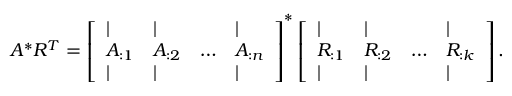
A ^ { * } R ^ { T } = \left[ \begin{array} { l l l l } { \vert } & { \vert } & & { \vert } \\ { A _ { : 1 } } & { A _ { : 2 } } & { \dots } & { A _ { : n } } \\ { \vert } & { \vert } & & { \vert } \end{array} \right] ^ { * } \left[ \begin{array} { l l l l } { \vert } & { \vert } & & { \vert } \\ { R _ { : 1 } } & { R _ { : 2 } } & { \dots } & { R _ { : k } } \\ { \vert } & { \vert } & & { \vert } \end{array} \right] .